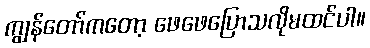
ကျွန်တော်ကတော့ ဖေဖေပြောသလိုမထင်ပါ။